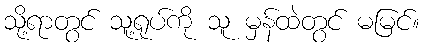
သို့ရာတွင် သူ့ရုပ်ကို သူ မှန်ထဲတွင် မမြင်။